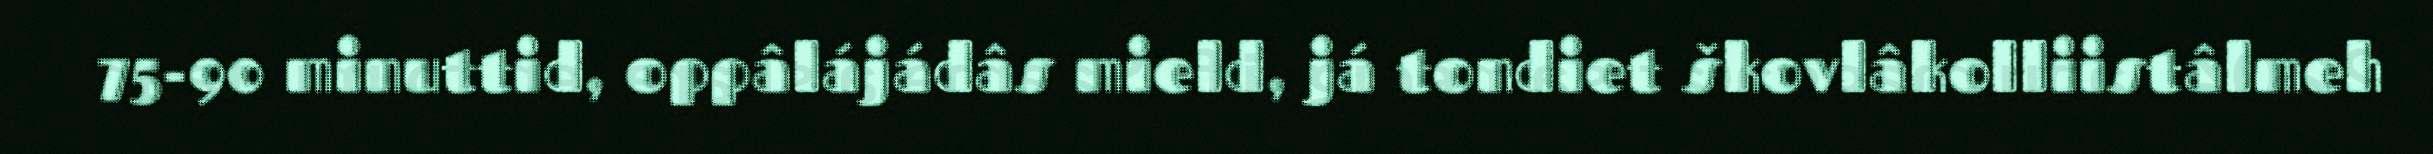
75-90 minuttid, oppâlájádâs mield, já tondiet škovlâkolliistâlmeh